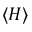
\langle H \rangle